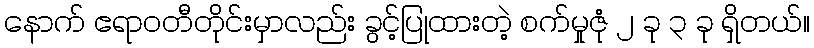
နောက် ဧရာဝတီတိုင်းမှာလည်း ခွင့်ပြုထားတဲ့ စက်မှုဇုံ ၂ ခု ၃ ခု ရှိတယ်။